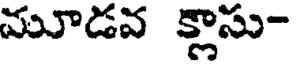
మూడవ క్లాసు-